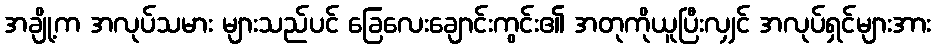
အချို့က အလုပ်သမား များသည်ပင် ခြေလေးချောင်းကွင်း၏ အတုကိုယူပြီးလျှင် အလုပ်ရှင်များအား